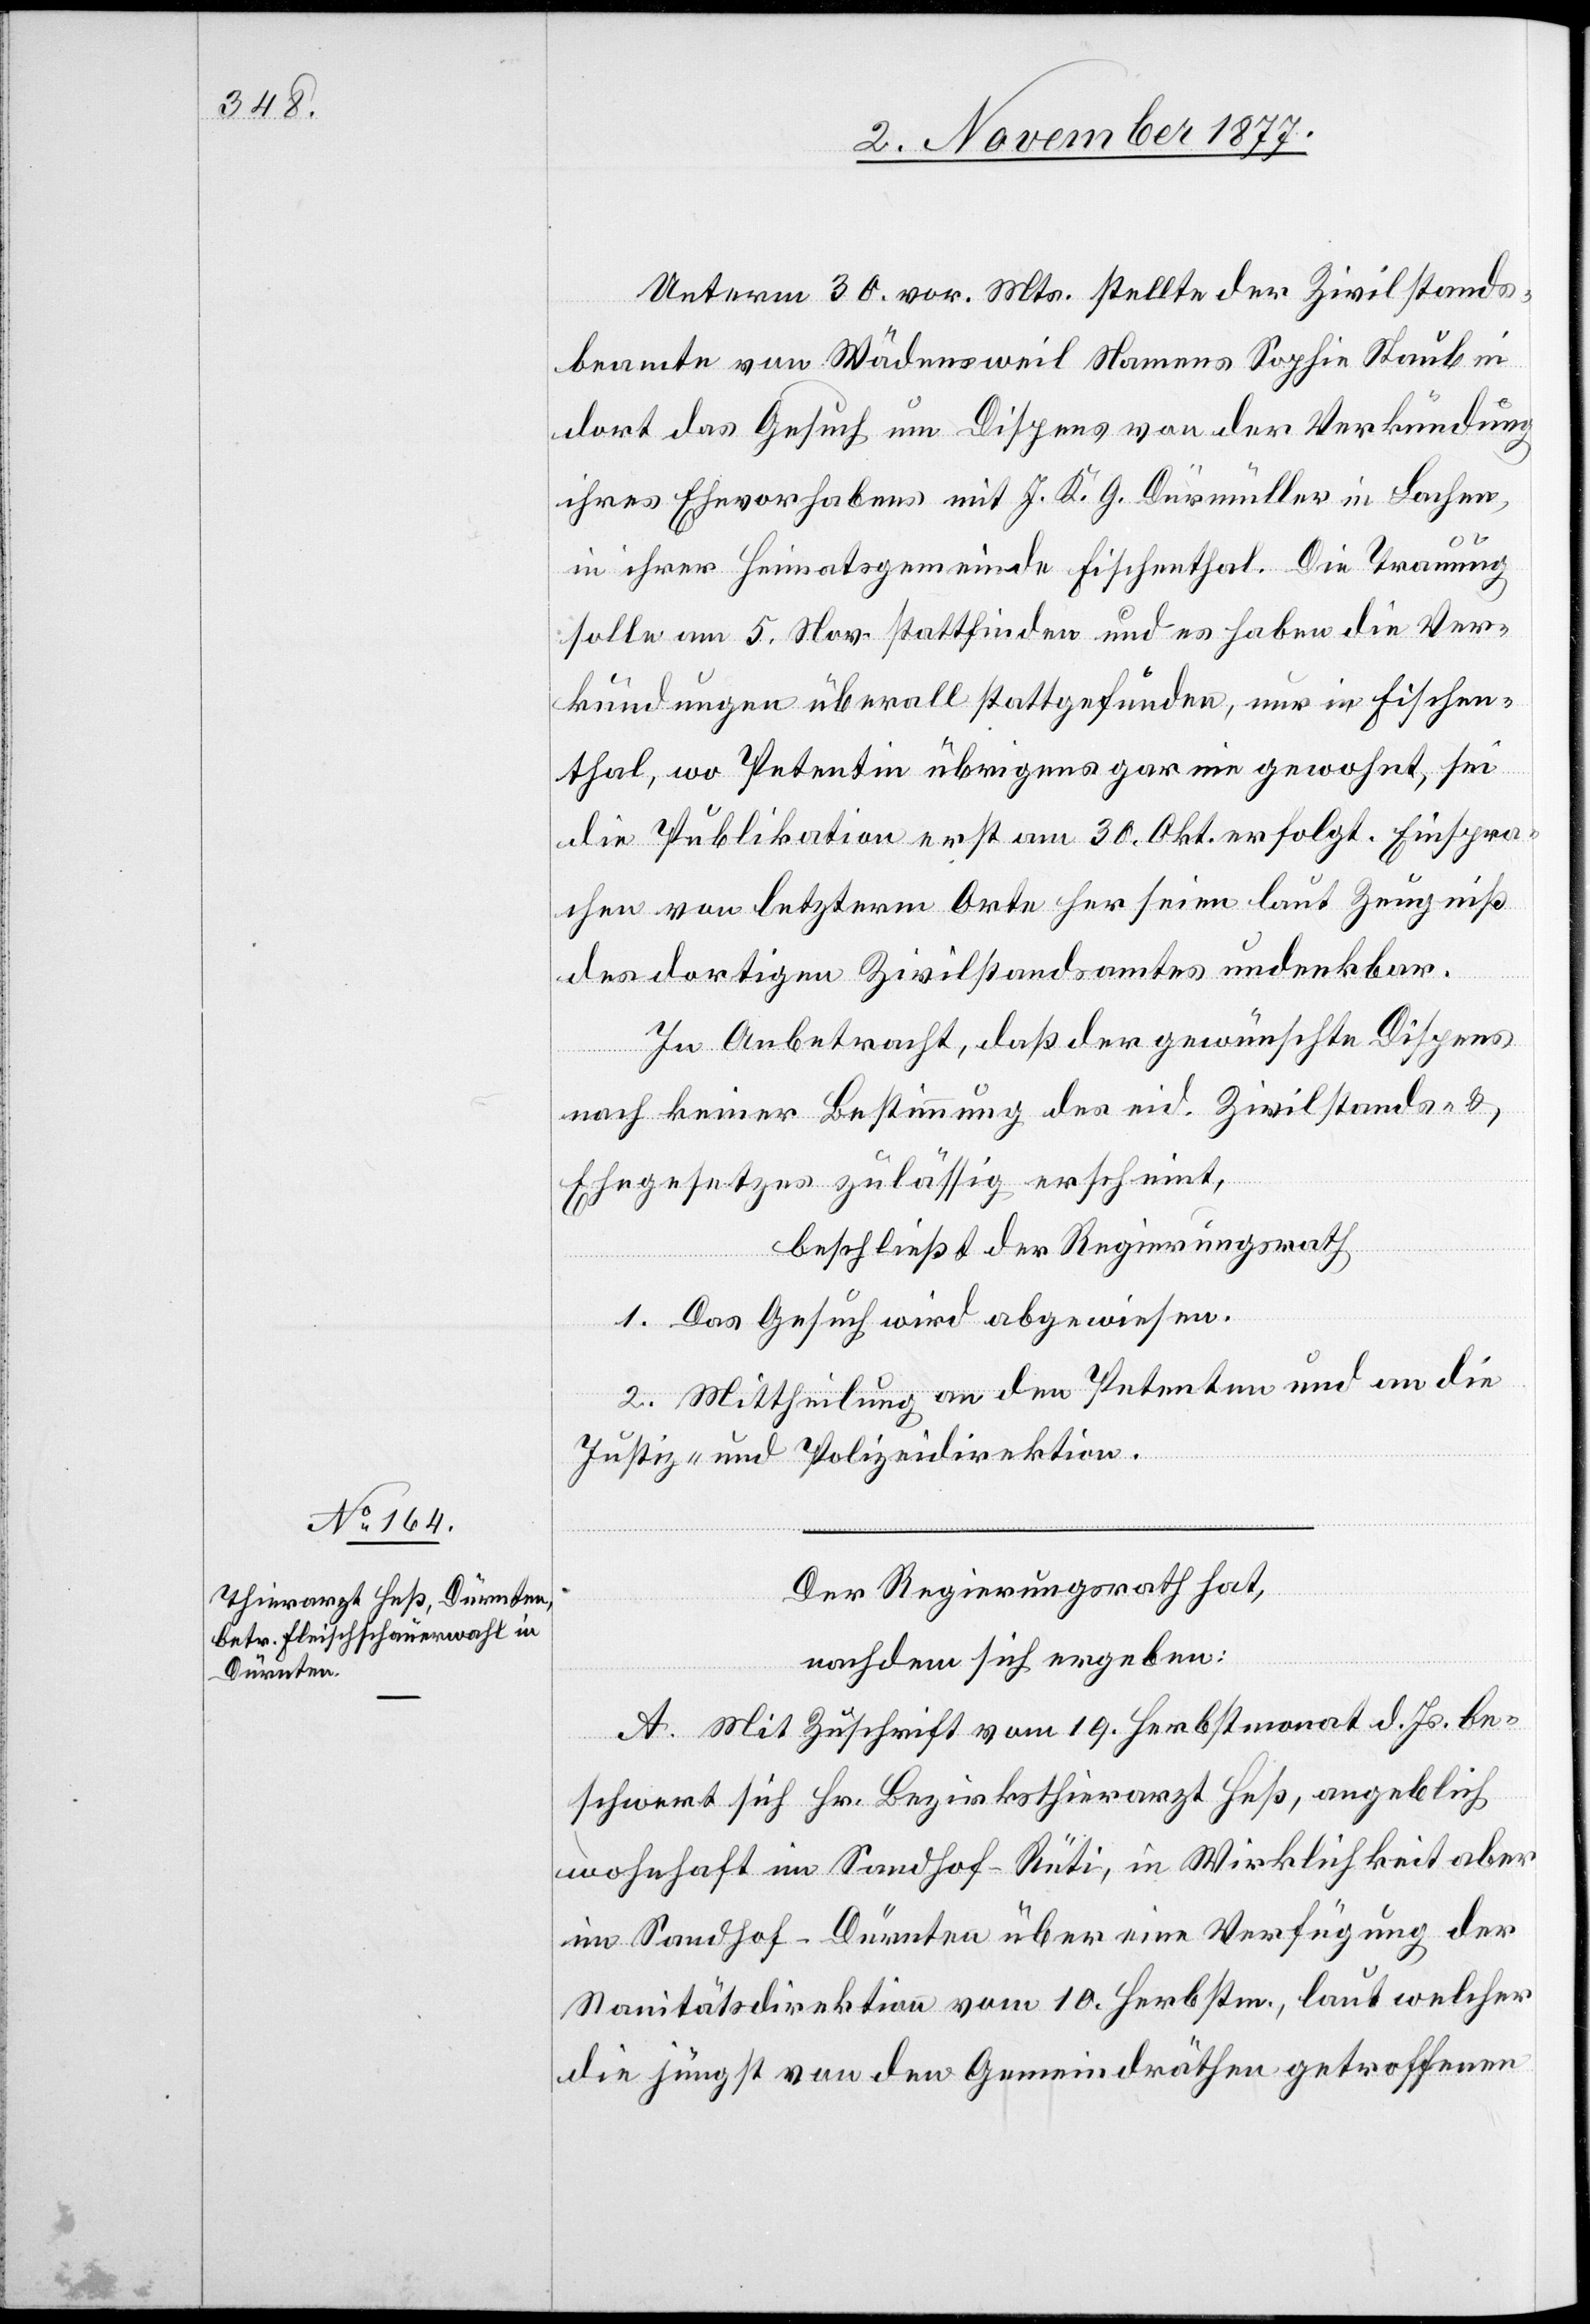
Unterm 30. vor. Mts. stellte der Zivilstands¬
beamte von Wädensweil Namens Sophie Staub in
dort das Gesuch um Dispens von der Verkündung
ihres Ehevorhabens mit J. K. G. Dürmüller in Lachen,
in ihrer Heimatsgemeinde Fischenthal. Die Trauung
solle am 5. Nov. stattfinden und es haben die Ver¬
kündungen überall stattgefunden, nur in Fischen¬
thal, wo Petentin übrigens gar nie gewohnt, sei
die Publikation erst am 30. Okt. erfolgt. Einspra¬
chen von letzterm Orte her seien laut Zeugniß
des dortigen Zivilstandsamtes undenkbar.
In Anbetracht, daß der gewünschte Dispens
nach keiner Bestimmung des eid. Zivilstands- &
Ehegesetzes zulässig erscheint,
beschließt der Regierungsrath
1. Das Gesuch wird abgewiesen.
2. Mittheilung an den Petenten und an die
Justiz- und Polizeidirektion.
Der Regierungsrath hat,
nachdem sich ergeben:
A. Mit Zuschrift vom 19. Herbstmonat d. Js. be¬
schwert sich Hr. Bezirksthierarzt Heß, angeblich
wohnhaft im Sandhof - Rüti, in Wirklichkeit aber
im Sandhof - Dürnten über eine Verfügung der
Sanitätsdirektion vom 10. Herbstm., laut welcher
die jüngst von den Gemeindräthen getroffenen